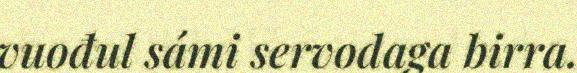
vuođul sámi servodaga birra.